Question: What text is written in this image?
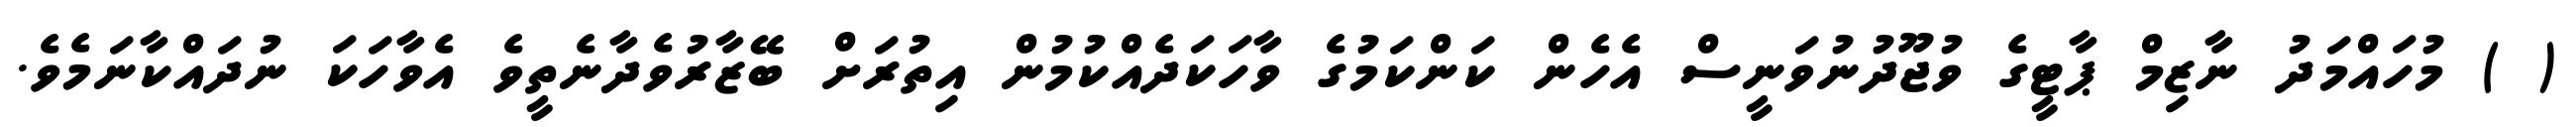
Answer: ( ) މުހައްމަދު ނާޒިމް ޕާޓީގެ ވުޖޫދުނުވަނީސް އެހެން ކަންކަމުގެ ވާހަކަދެއްކުމުން އިތުރަށް ބޭޒާރުވެދާނެތީވެ އެވާހަކަ ނުދައްކާނަމެވެ.